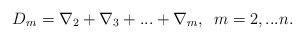
\begin{align*}D_{m}=\nabla _{2}+\nabla _{3}+...+\nabla _{m}, \,\,\,m=2,...n. \end{align*}